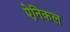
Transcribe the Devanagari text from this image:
ऐनिकल